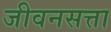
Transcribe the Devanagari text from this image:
जीवनसत्ता